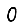
Digit: 0